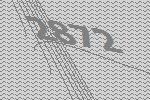
2872